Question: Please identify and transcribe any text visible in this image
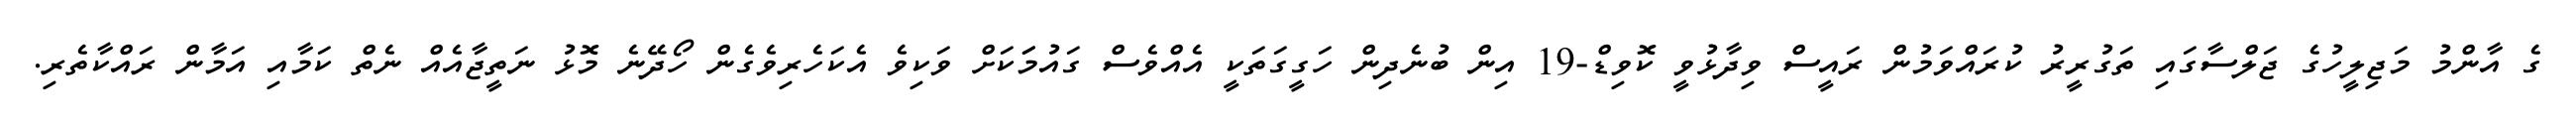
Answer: ގެ އާންމު މަޖިލީހުގެ ޖަލްސާގައި ތަގުރީރު ކުރައްވަމުން ރައީސް ވިދާޅުވީ ކޮވިޑް-19 އިން ބުނެދިން ހަގީގަތަކީ އެއްވެސް ގައުމަަކަށް ވަކިވެ އެކަހެރިވެގެން ހޯދޭނެ މޮޅު ނަތީޖާއެއް ނެތް ކަމާއި އަމާން ރައްކާތެރި.